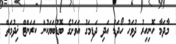
މާދަމާ ހޮނިހިރު ދުވަހު ހޯދަޑު އަދި ދަޑިމަގު އަވަށުގެ ބޮޑުބަޔަކުން ކަރަންޓް ޚިދުމަތް